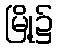
မြို့၌